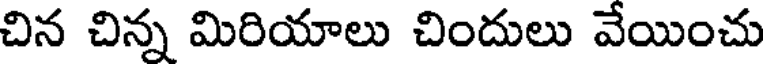
చిన చిన్న మిరియాలు చిందులు వేయించు